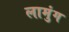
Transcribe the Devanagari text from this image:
लामुंग